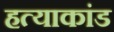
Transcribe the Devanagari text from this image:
हत्‍याकांड